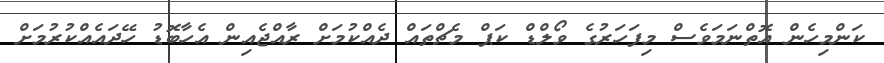
ކަންމިހެން އޮތްނަމަވެސް މިފަހަރުގެ ވޯލްޑް ކަޕް މެޗްތައް ދެއްކުމަށް ރާއްޖެއިން އެހާބޮޑު ހޭދައެއްކުރުމަށް